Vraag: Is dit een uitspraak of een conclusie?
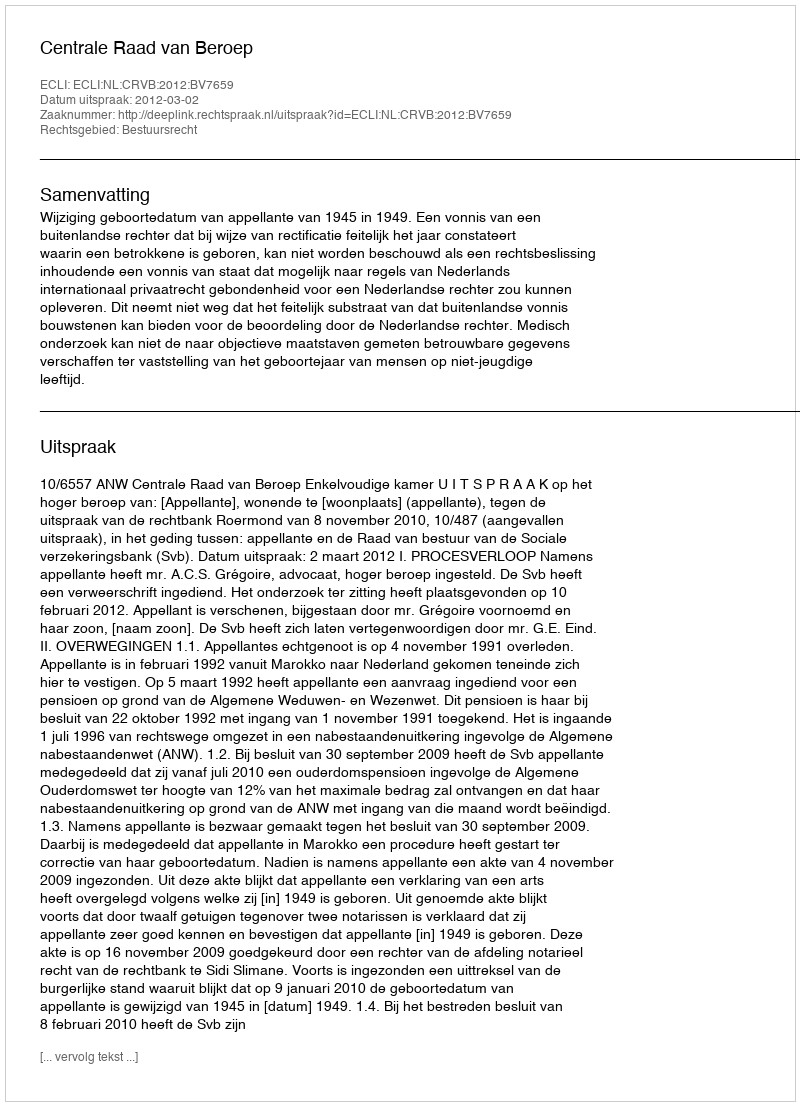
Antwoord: Uitspraak